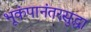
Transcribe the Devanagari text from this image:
भूकंपानंतरसुद्धा